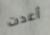
أعدت